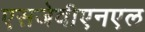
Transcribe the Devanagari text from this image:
एसजेवीएनएल